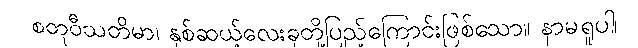
စတုဝီသတိမာ၊ နှစ်ဆယ့်လေးခုတို့ပြည့်ကြောင်းဖြစ်သော။ နာမရူပါ၊